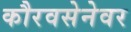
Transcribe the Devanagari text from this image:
कौरवसेनेवर